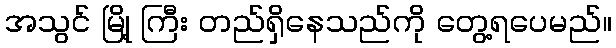
အသွင် မြို့ ကြီး တည်ရှိနေသည်ကို တွေ့ရပေမည်။